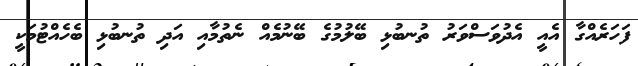
ފަހަރެއްގާ އެއީ އެދުވަސްވަރު ތުނބުޅި ބޭލުމުގެ ބޭނުމެއް ނެތުމާއި އަދި ތުނބުޅި ބެހެއްޓުމަކީ